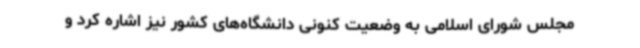
مجلس شورای اسلامی به وضعیت کنونی دانشگاه‌های کشور نیز اشاره کرد و